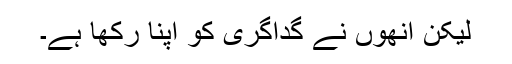
لیکن انھوں نے گداگری کو اپنا رکھا ہے۔